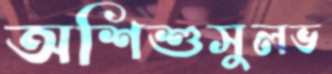
অশিশুসুলভ